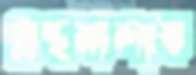
গ্রন্থমালায়